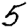
Digit: 5